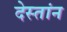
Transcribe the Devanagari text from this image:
देस्तांन